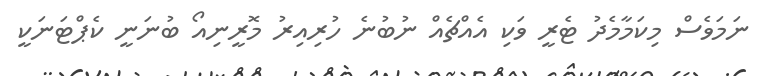
ނަމަވެސް މިކަމާމެދު ޓެރީ ވަކި އެއްޗެއް ނުބުނެ ހުރިއިރު މޮރީނިއޯ ބުނަނީ ކެޕްޓަނަކީ